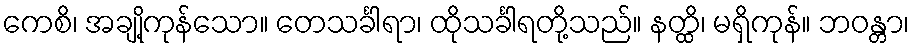
ကေစိ၊ အချို့ကုန်သော။ တေသင်္ခါရာ၊ ထိုသင်္ခါရတို့သည်။ နတ္ထိ၊ မရှိကုန်။ ဘဝန္တာ၊